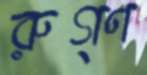
রুগ্‌ণ